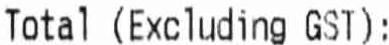
TOTAL (EXCLUDING GST):